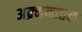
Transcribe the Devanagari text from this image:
अक्र्मनात्तक